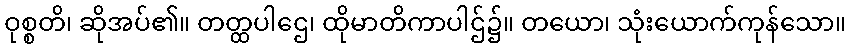
ဝုစ္စတိ၊ ဆိုအပ်၏။ တတ္ထပါဌေ၊ ထိုမာတိကာပါဌ်၌။ တယော၊ သုံးယောက်ကုန်သော။